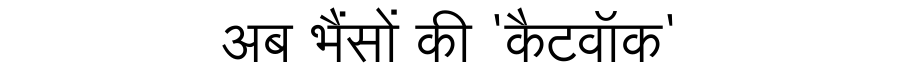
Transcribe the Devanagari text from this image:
अब भैंसों की 'कैटवॉक'